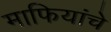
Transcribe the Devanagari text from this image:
माफियांचे